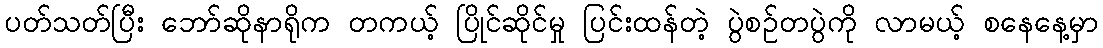
ပတ်သတ်ပြီး ဘော်ဆိုနာရိုက တကယ့် ပြိုင်ဆိုင်မှု ပြင်းထန်တဲ့ ပွဲစဉ်တပွဲကို လာမယ့် စနေနေ့မှာ